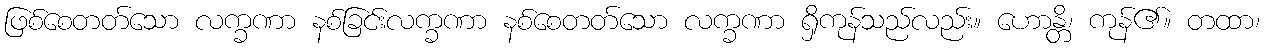
ဖြစ်စေတတ်သော လက္ခဏာ နစ်ခြင်းလက္ခဏာ နစ်စေတတ်သော လက္ခဏာ ရှိကုန်သည်လည်း။ ဟောန္တိ၊ ကုန်၏။ တထာ၊